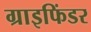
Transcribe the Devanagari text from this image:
ग्राइफिंडर